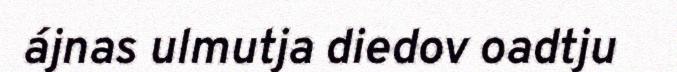
ájnas ulmutja diedov oadtju